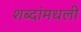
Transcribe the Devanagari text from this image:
शब्दांमधली